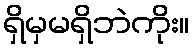
ရှိမှမရှိဘဲကိုး။